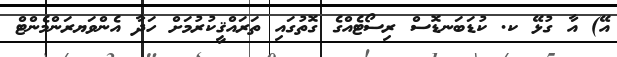
އޭ) އާ ގުޅޭ ކ. ކުޑަބަނޑޮސް ރިސޯޓެއްގެ ގޮތުގައި ތަރައްޤީކުރުމަށް ހަދާ އެންވަޔރަންމެންޓް